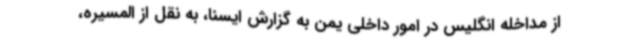
از مداخله انگلیس در امور داخلی یمن به گزارش ایسنا، به نقل از المسیره،